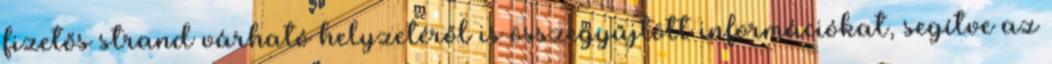
fizetős strand várható helyzetéről is összegyűjtött információkat, segítve az